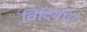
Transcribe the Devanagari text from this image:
चिदियघर